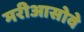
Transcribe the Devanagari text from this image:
मरीआसोवे